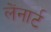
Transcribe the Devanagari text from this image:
लेंनार्ट